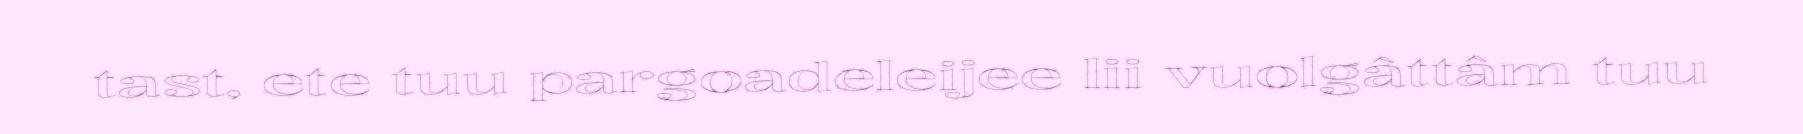
tast, ete tuu pargoadeleijee lii vuolgâttâm tuu